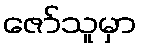
ဇော်သူမှာ